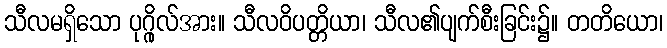
သီလမရှိသော ပုဂ္ဂိုလ်အား။ သီလဝိပတ္တိယာ၊ သီလ၏ပျက်စီးခြင်း၌။ တတိယော၊